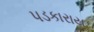
પડકારાય